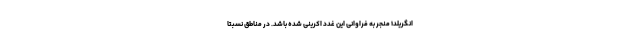
انگریلد۱ منجر به فراوانیِ این غدد اکرینی شده باشد. در مناطق نسبتاً